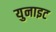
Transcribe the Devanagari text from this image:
युनाइट